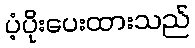
ပံ့ပိုးပေးထားသည်